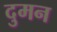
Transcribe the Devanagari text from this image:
दुमन